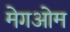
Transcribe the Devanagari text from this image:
मेगओम